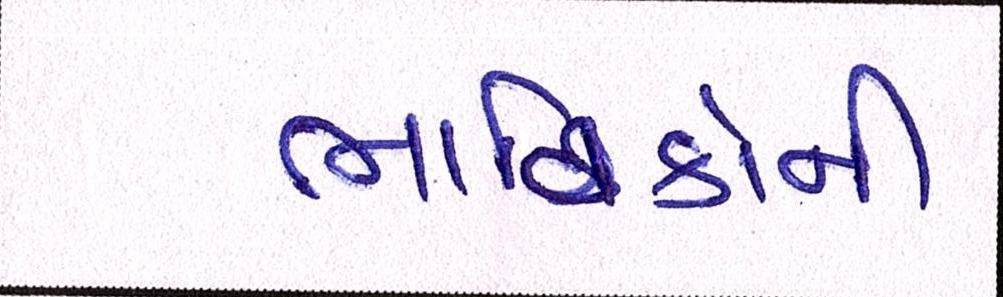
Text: ભાવિકોની